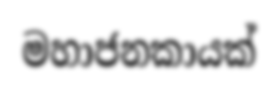
මහාජනකායක්